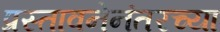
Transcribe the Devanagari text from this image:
प्रस्तावनेनंतरच्या